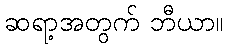
ဆရာ့အတွက် ဘီယာ။